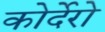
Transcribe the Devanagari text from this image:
कोर्देरो